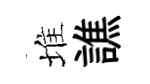
堆譙